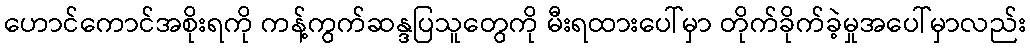
ဟောင်ကောင်အစိုးရကို ကန့်ကွက်ဆန္ဒပြသူတွေကို မီးရထားပေါ်မှာ တိုက်ခိုက်ခဲ့မှုအပေါ်မှာလည်း